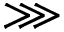
\ggg